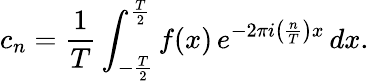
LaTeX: c_{n}={\frac{1}{T}}\int_{-{\frac{T}{2}}}^{\frac{T}{2}}f(x)\, e^{-2\pi i\left({\frac{n}{T}}\right)x}\, dx.